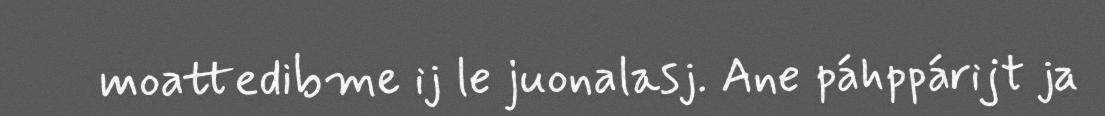
moattedibme ij le juonalasj. Ane páhppárijt ja